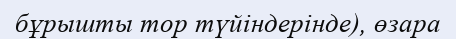
бұрышты тор түйіндерінде), өзара